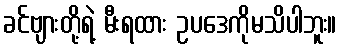
ခင်ဗျားတို့ရဲ့ မီးရထား ဥပဒေကိုမသိပါဘူး။